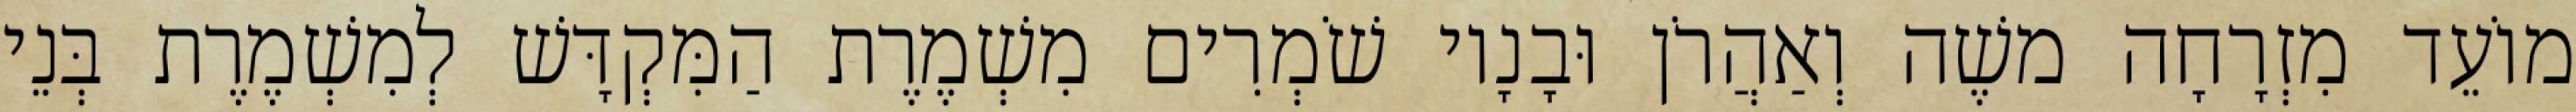
מוֹעֵד מִזְרָחָה משֶׁה וְאַהֲרֹן וּבָנָיו שֹׁמְרִים מִשְׁמֶרֶת הַמִּקְדָּשׁ לְמִשְׁמֶרֶת בְּנֵי